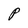
Character: P